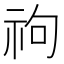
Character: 𥘮